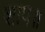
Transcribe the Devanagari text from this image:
शाप॥